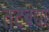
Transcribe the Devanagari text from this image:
तटबंद्या